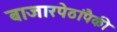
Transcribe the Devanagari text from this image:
बाजारपेठांपैकी